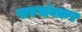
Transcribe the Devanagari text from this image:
पारगांवकर